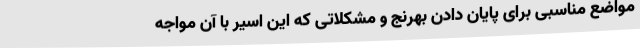
مواضع مناسبی برای پایان دادن بهرنج و مشکلاتی که این اسیر با آن مواجه